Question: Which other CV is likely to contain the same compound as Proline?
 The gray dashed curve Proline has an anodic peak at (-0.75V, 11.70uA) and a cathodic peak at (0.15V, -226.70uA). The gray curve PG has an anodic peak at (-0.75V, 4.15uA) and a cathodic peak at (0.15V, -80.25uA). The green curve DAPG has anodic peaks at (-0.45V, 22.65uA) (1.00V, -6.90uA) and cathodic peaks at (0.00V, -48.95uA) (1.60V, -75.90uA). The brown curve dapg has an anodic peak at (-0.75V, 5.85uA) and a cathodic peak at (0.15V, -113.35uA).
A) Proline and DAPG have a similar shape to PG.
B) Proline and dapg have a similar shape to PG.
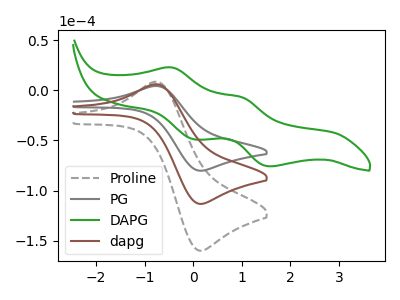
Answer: <think>All the peaks in "Proline" have a peak in "PG" at the same potential. Every peak in "Proline" is higher than every peak in "PG". "Proline" and "DAPG" have a different number of peaks. All the peaks in "Proline" have a peak in "dapg" at the same potential. Every peak in "Proline" is higher than every peak in "dapg". "PG" and "DAPG" have a different number of peaks. All the peaks in "PG" have a peak in "dapg" at the same potential. Every peak in "PG" is lower than every peak in "dapg". "DAPG" and "dapg" have a different number of peaks.
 </think>
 <answer>B) "Proline" and "dapg" have a similar shape to "PG".</answer>
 <eval>B</eval>